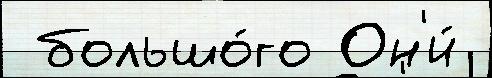
 большо́го Он'и́